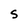
Character: S